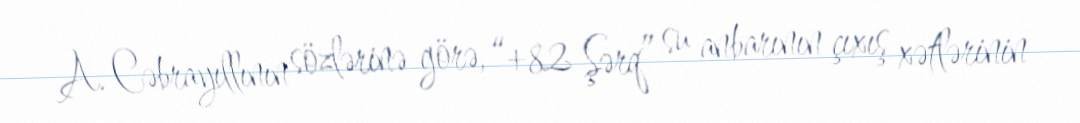
A. Cəbrayıllının sözlərinə görə, “+82 Şərq” su anbarının çıxış xətlərinin